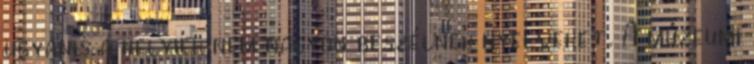
ugyanis a helyiek nem nagyon beszélnek nyelveket. A múzeumi